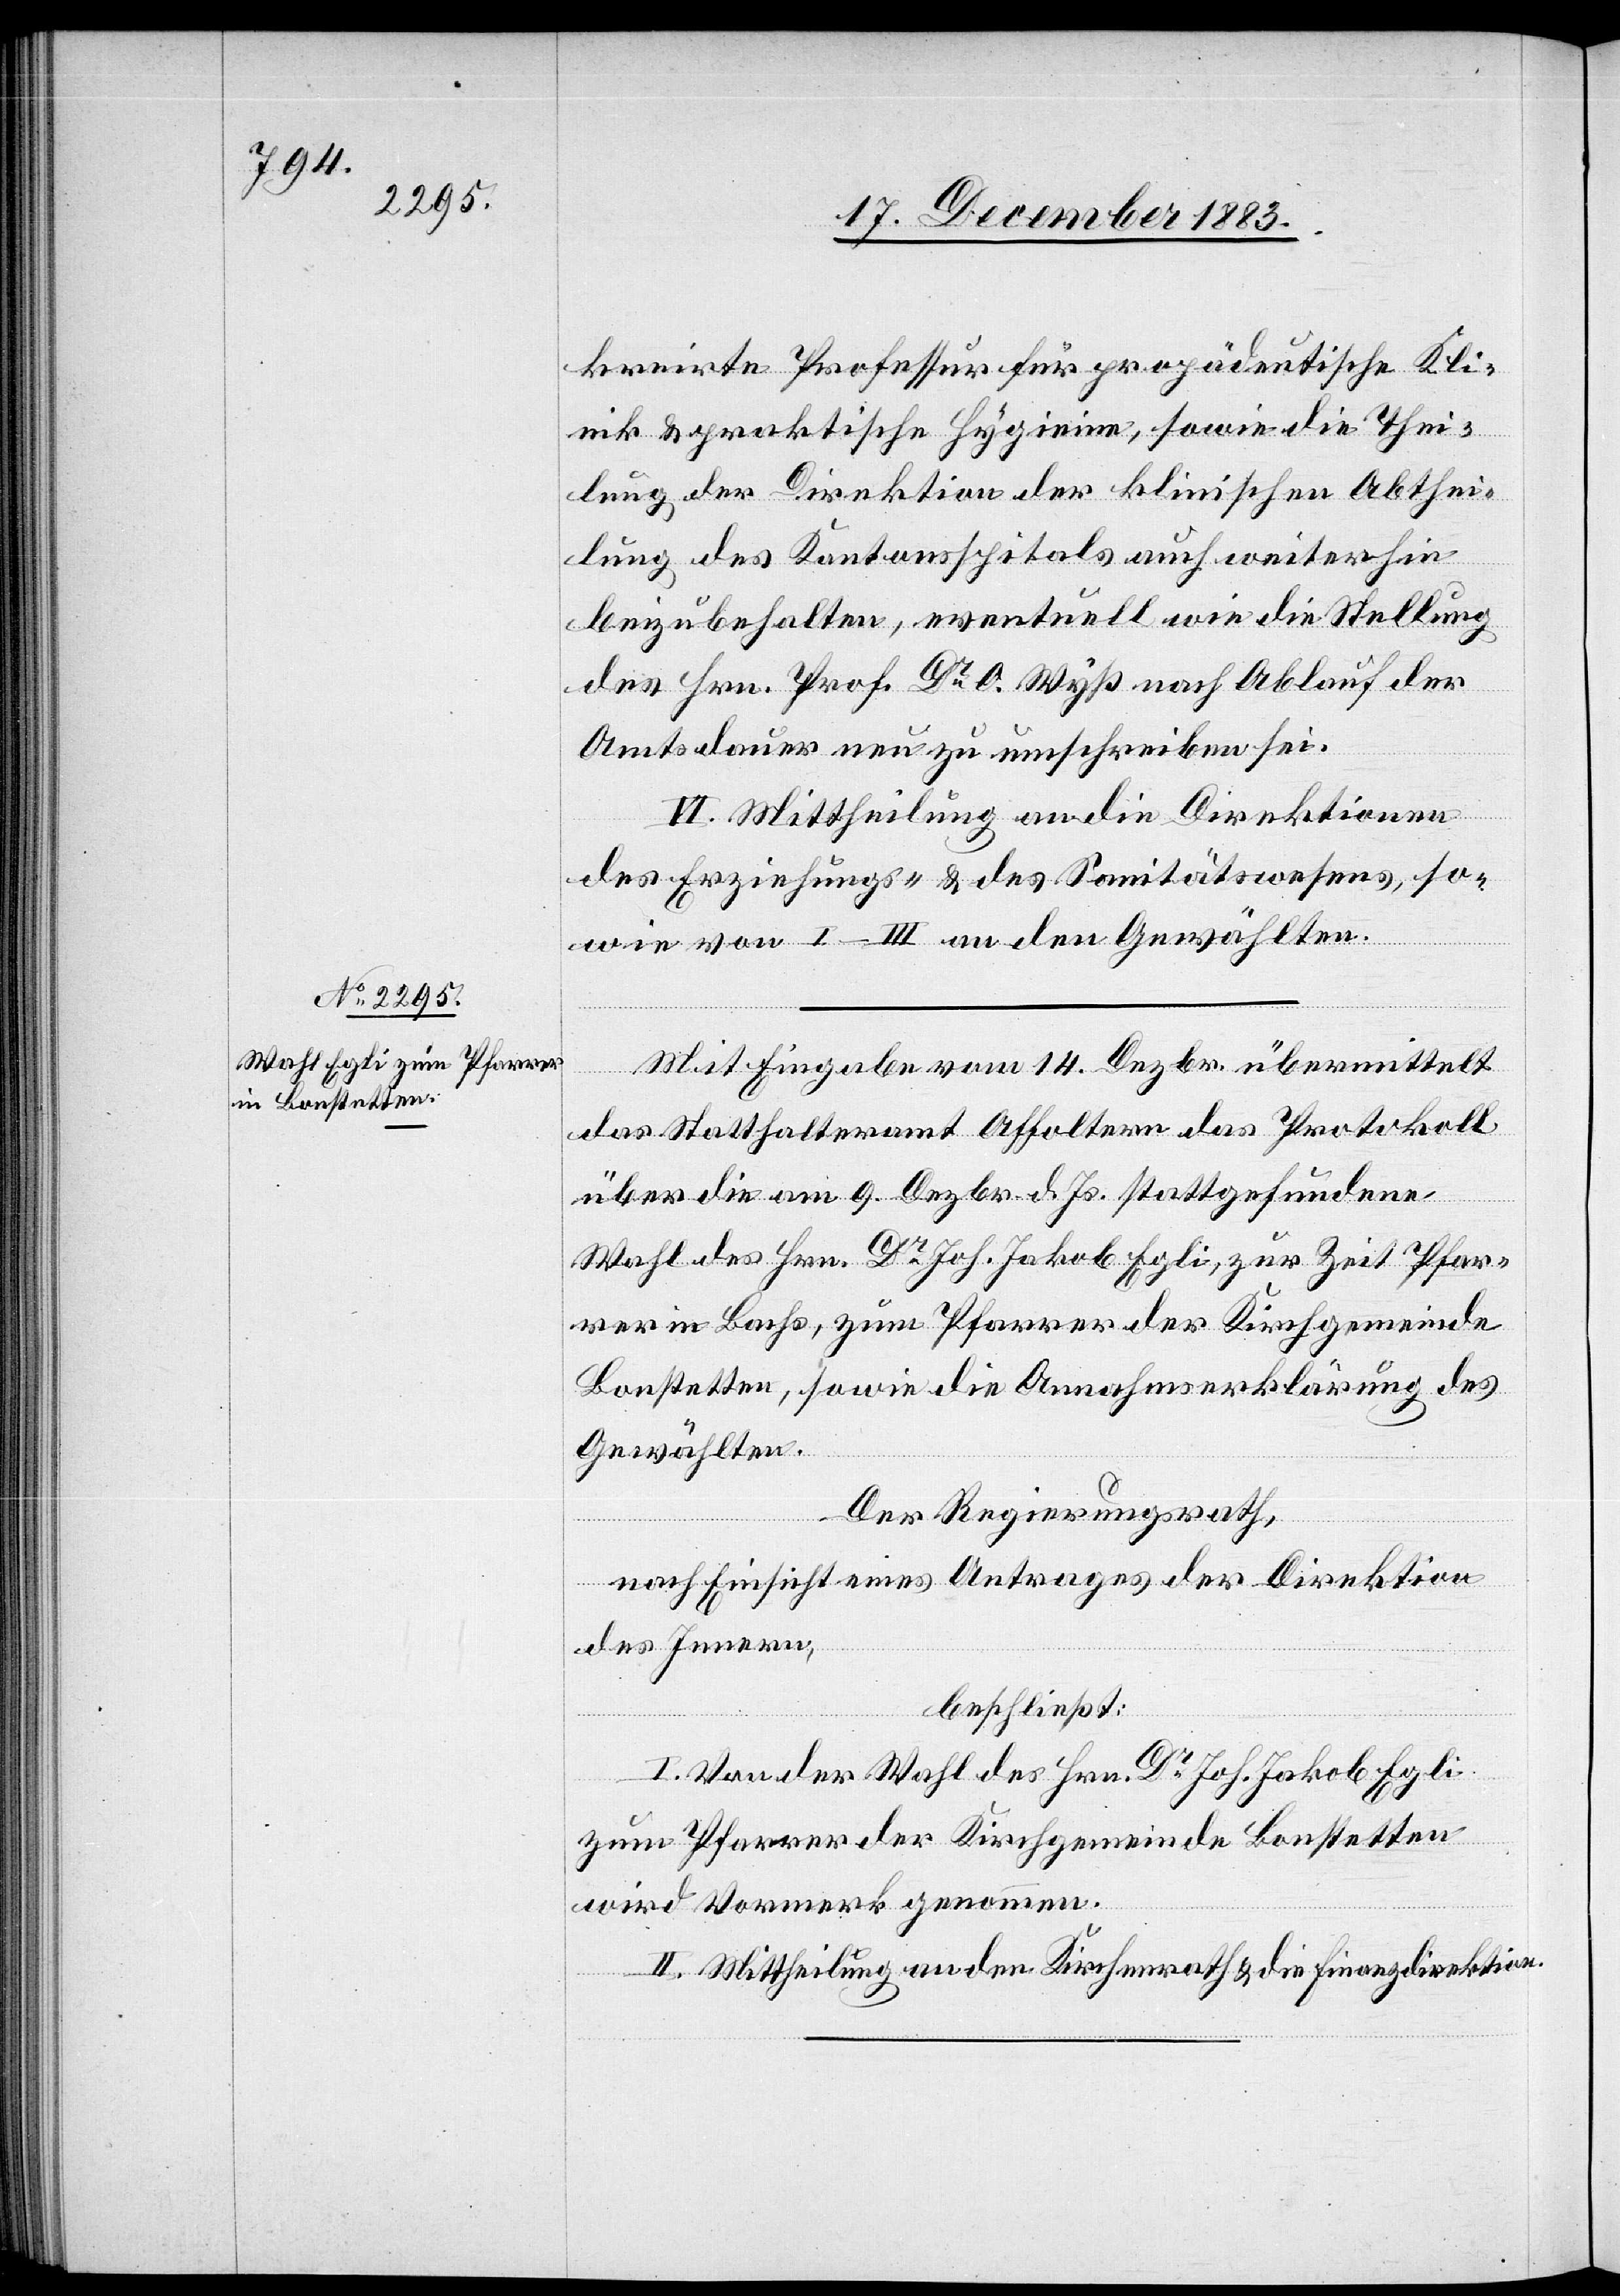
kreirte Professur für propädeutische Kli¬
nik & praktische Hygiene, sowie die Thei¬
lung der Direktion der klinischen Abthei¬
lung des Kantonsspitals auch weiterhin
beizubehalten, eventuell wie die Stellung
des Hrn. Prof. Dr O. Wyß nach Ablauf der
Amtsdauer neu zu umschreiben sei.
VI. Mittheilung an die Direktionen
des Erziehungs- & des Sanitätswesens, so¬
wie von I–III an den Gewählten.
Mit Eingabe vom 14. Dezbr. übermittelt
das Statthalteramt Affoltern das Protokoll
über die am 9. Dezbr. d. Js. stattgefundene
Wahl des Hrn. Dr Joh. Jakob Egli, zur Zeit Pfar¬
rer in Bachs, zum Pfarrer der Kirchgemeinde
Bonstetten, sowie die Annahmserklärung des
Gewählten.
Der Regierungsrath,
nach Einsicht eines Antrages der Direktion
des Innern,
beschließt:
I. Von der Wahl des Hrn. Dr Joh. Jakob Egli
zum Pfarrer der Kirchgemeinde Bonstetten
wird Vormerk genommen.
II. Mittheilung an den Kirchenrath & die Finanzdirektion.